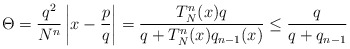
\begin{align*} \Theta = \frac{q^2}{N^n} \left|x - \frac{p}{q}\right| = \frac{T^n_N(x)q}{q+T^n_N(x)q_{n-1}(x)} \leq \frac{q}{q+q_{n-1}}\end{align*}